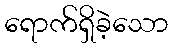
ရောက်ရှိခဲ့သော